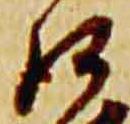
沙